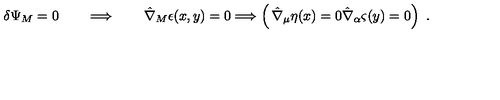
\delta \Psi _ { M } = 0 \qquad \Longrightarrow \qquad \hat { \nabla } _ { M } \epsilon ( x , y ) = 0 \Longrightarrow \left( \begin{matrix} { \hat { \nabla } _ { \mu } \eta ( x ) = 0 } \\ { \hat { \nabla } _ { \alpha } \varsigma ( y ) = 0 } \\ \end{matrix} \right) \ .